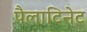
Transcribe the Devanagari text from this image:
पैलाटिनेट